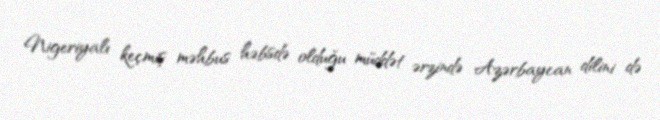
Nigeriyalı keçmiş məhbus həbsdə olduğu müddət ərzində Azərbaycan dilini də